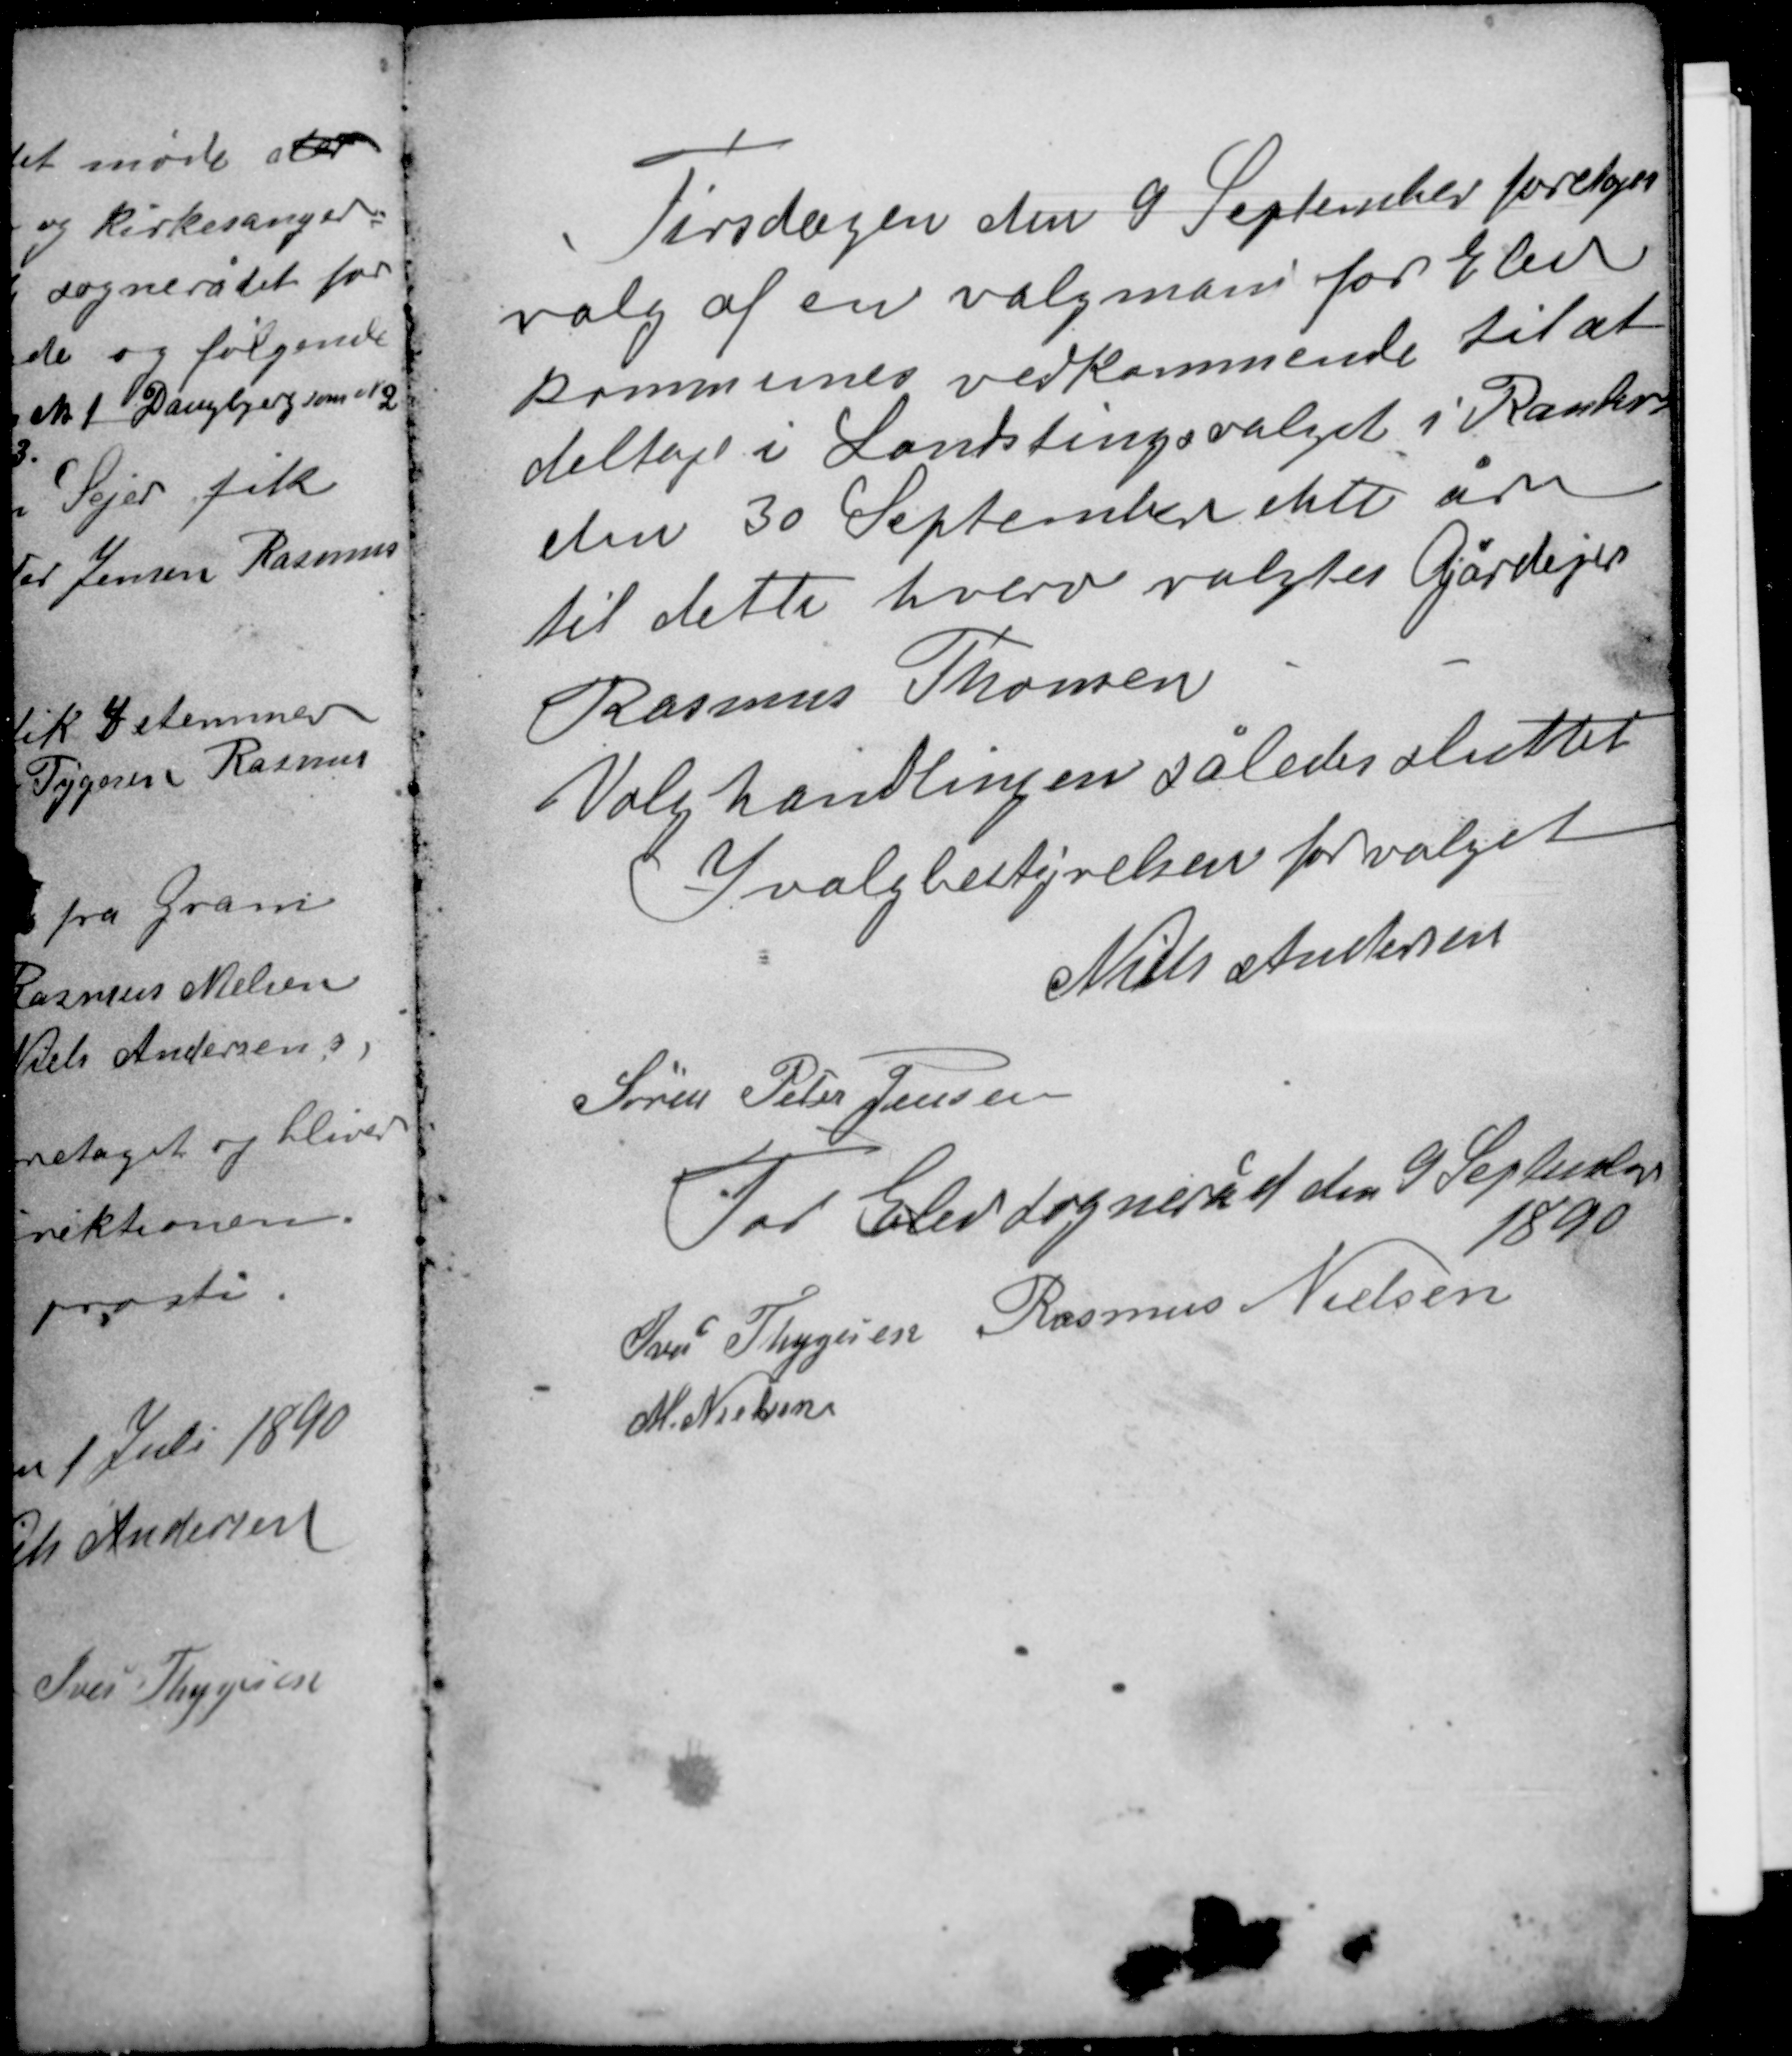
Transskription:
Tirsdagen den 9 September foretoges
valg af en valgmand for Elev
kommunes vedkommende til at
deltage i Landstingsvalget i Randers
den 30 September dette år
til dette hverv valgtes Gårdejer
Rasmus Thomsen

Valghandlingen således sluttet
I valgbestyrelsen for valget
Niels Andersen

Søren Peter Jensen
For Elev sogneråd den 9 September
1890
Iver Thygesen Rasmus Nielsen
M. Nielsen